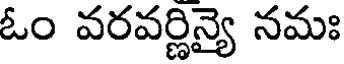
ఓం వరవర్ణిన్యై నమః